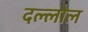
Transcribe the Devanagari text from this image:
दल्लोल